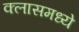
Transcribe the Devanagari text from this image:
क्लासमध्ये